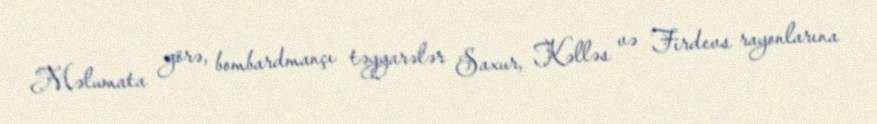
Məlumata görə, bombardmançı təyyarələr Saxur, Kəlləs və Firdevs rayonlarına